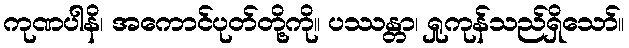
ကုဏပါနိ၊ အကောင်ပုတ်တို့ကို။ ပဿန္တာ၊ ရှုကုန်သည်ရှိသော်။